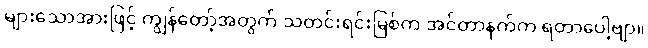
များသောအားဖြင့် ကျွန်တော့်အတွက် သတင်းရင်းမြစ်က အင်တာနက်က ရတာပေါ့ဗျာ။